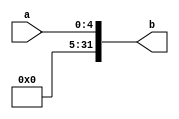
module ext5 #(parameter WIDTH=5)(
    input [WIDTH-1:0] a,
    output [31:0] b
    );
    assign b={{(32-WIDTH){0}},a};
endmodule